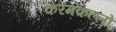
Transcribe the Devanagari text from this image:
करमकल्लों